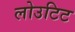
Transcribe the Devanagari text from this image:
लोउटिट